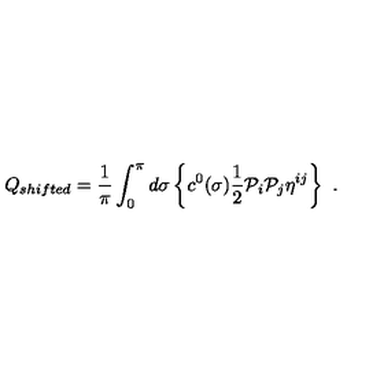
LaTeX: Q _ { s h i f t e d } = \frac { 1 } { \pi } \int _ { 0 } ^ { \pi } d \sigma \left\{ c ^ { 0 } ( \sigma ) \frac { 1 } { 2 } \mathcal { P } _ { i } \mathcal { P } _ { j } \eta ^ { i j } \right\} \ .